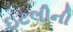
ઇટલીની